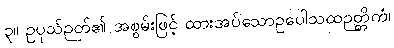
၃။ ဥပုသ်ဉတ်၏ အစွမ်းဖြင့် ထားအပ်သောဥပေါသထဉတ္တိကံ၊